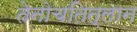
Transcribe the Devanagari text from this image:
तेनोचतित्लान